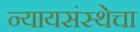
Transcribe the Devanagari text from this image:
न्यायसंस्थेचा